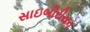
સાઇબીરીયન